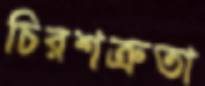
চিরশত্রুতা